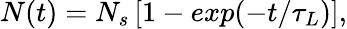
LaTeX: N(t)=N_{s}\left[1-exp(-t/\tau_{L})\right],